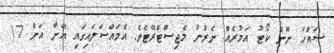
ސައްހަ ނޫން ކޯޓު އަމުރެއް ނެރުނު މެޖިސްޓްރޭޓެވެ. އެމައްސަލައިގައި އޭނާ އަށް 17